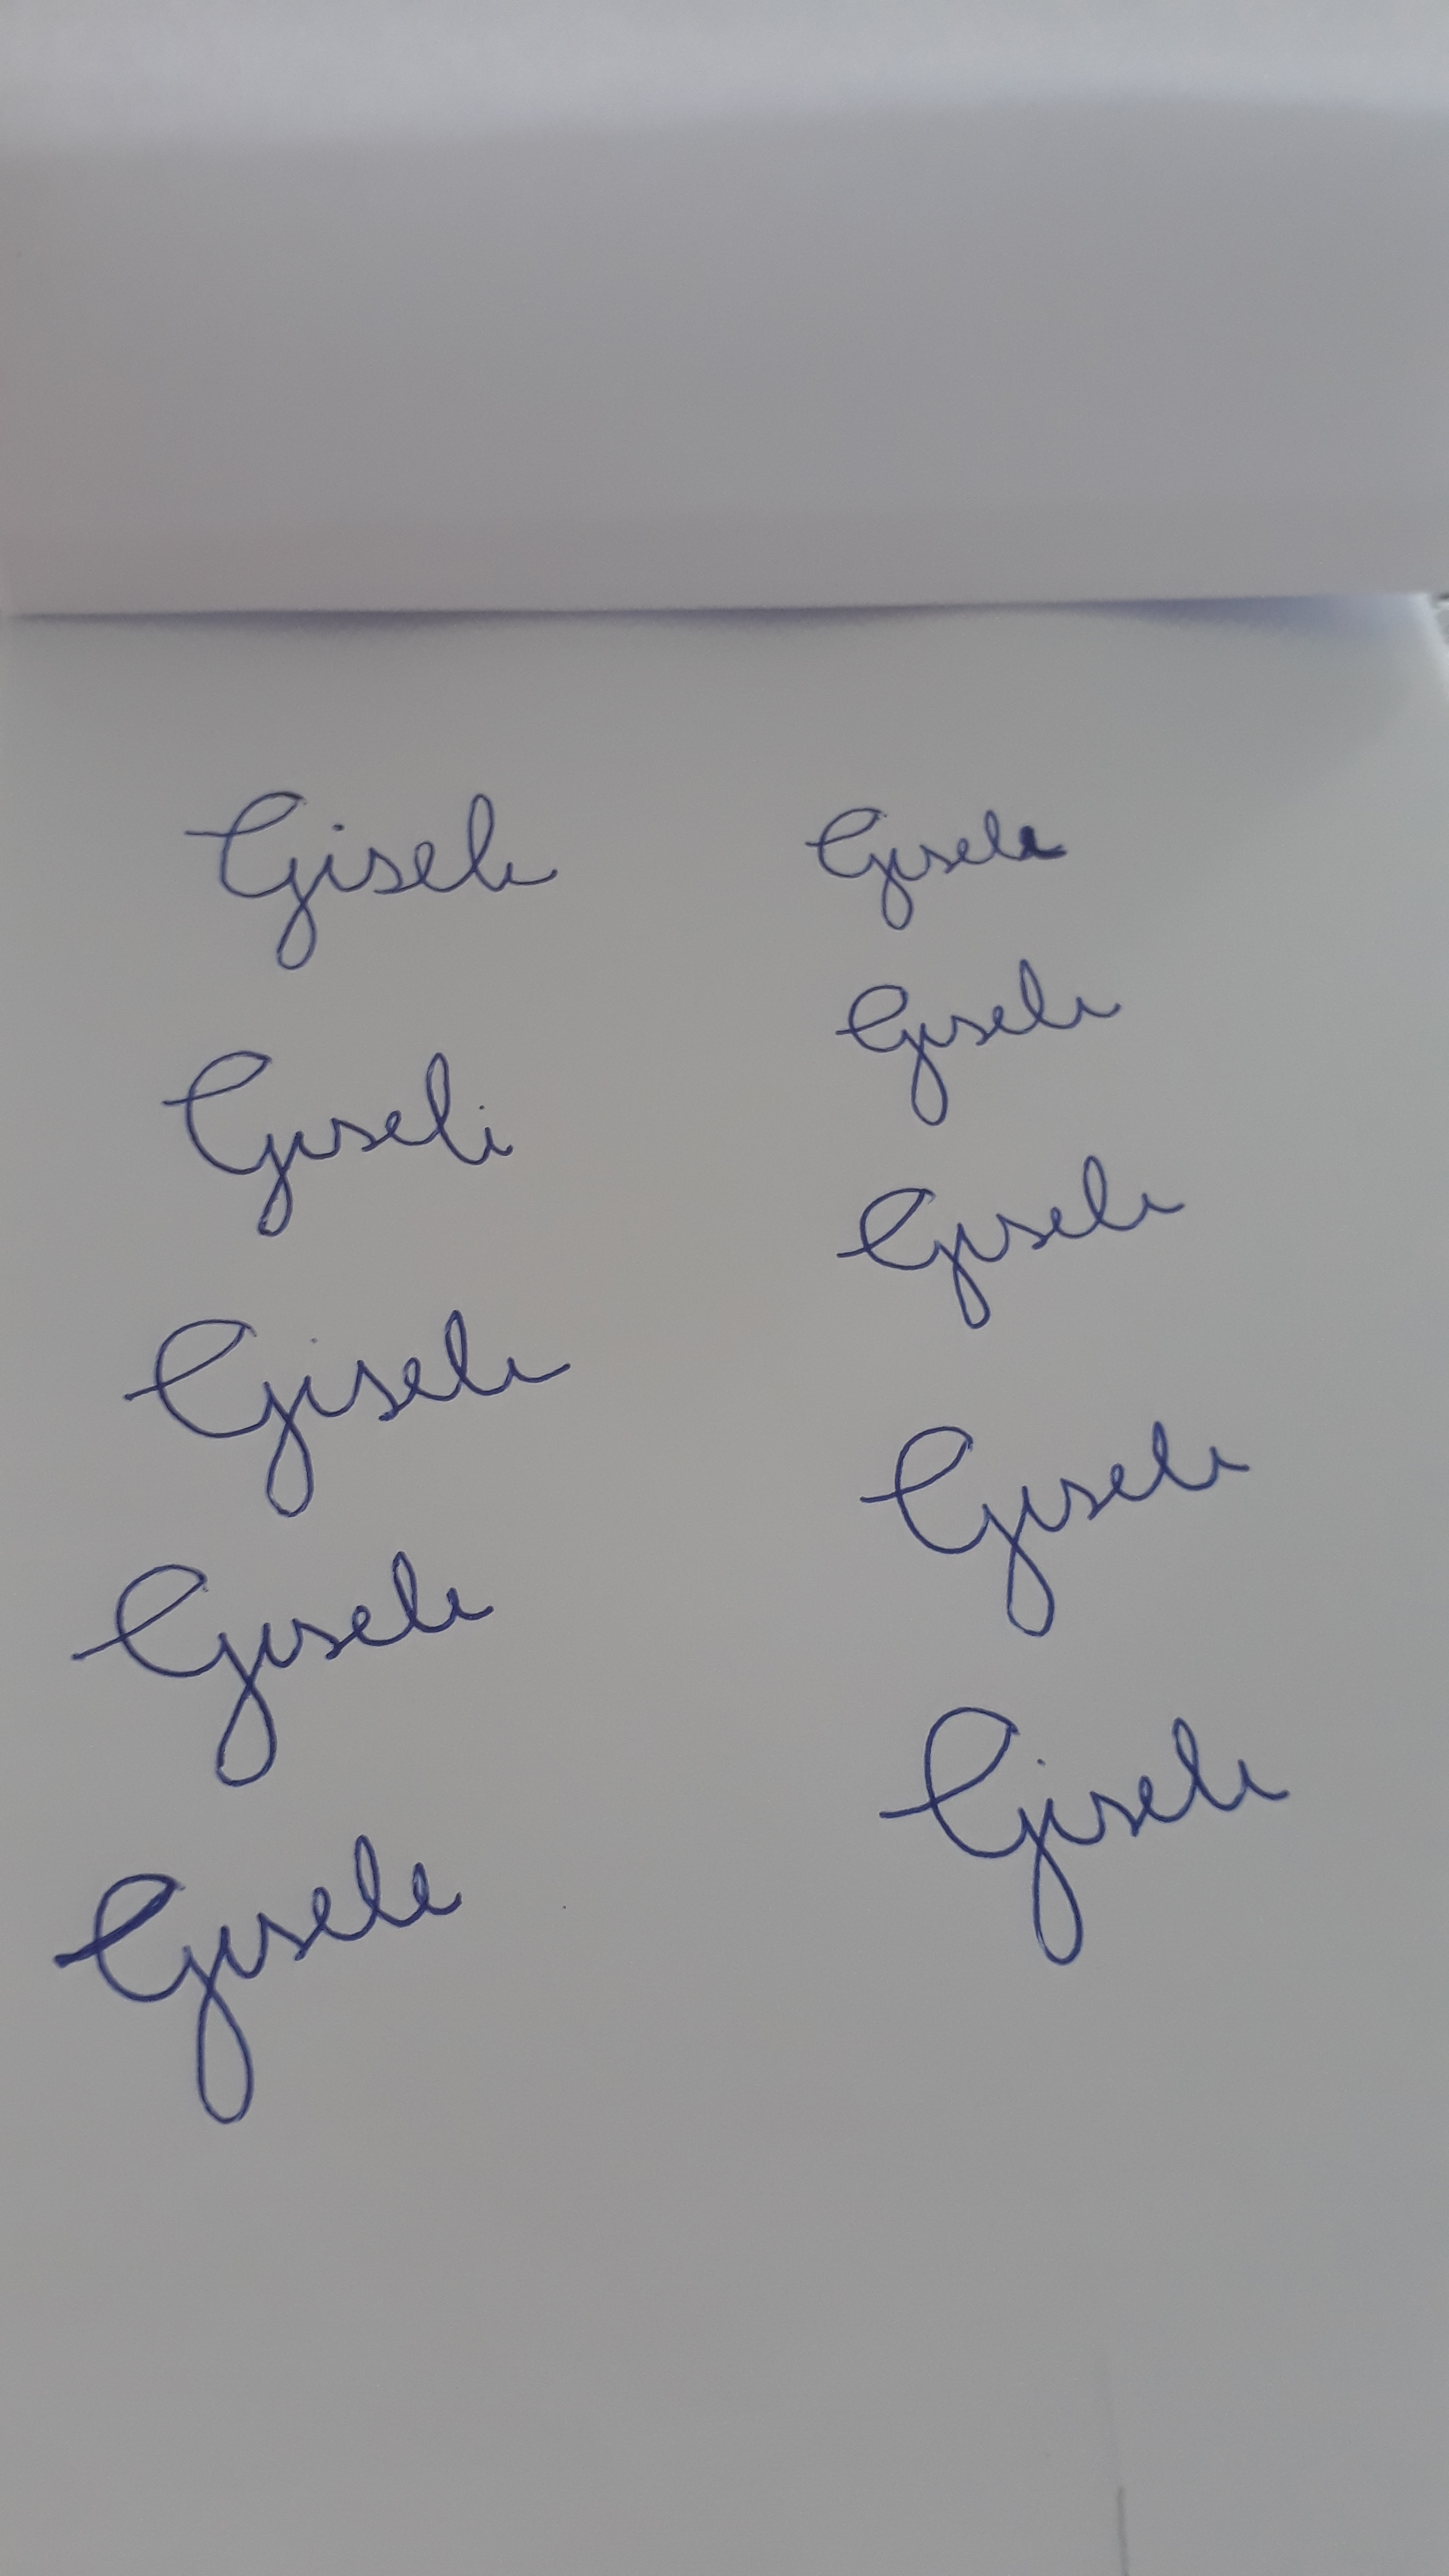
Signature authenticity: forged